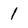
Character: 1